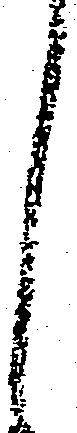
し